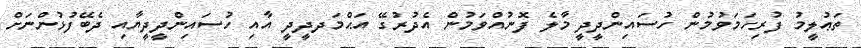
ތަޢުލީމު ފުރިހަމަވުމުން ހުސައިންދީދީ މާލެ ފޮނުއްވަމުން އެދުރުގޭ އަޙްމަދދީދީ އާއި ހުސައިންދީދީޔާއި ދެބޭފުޅުންނަށް